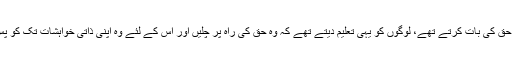
صرف اس لیے کہ وہ حق کی بات کرتے تھے، لوگوں کو یہی تعلیم دیتے تھے کہ وہ حق کی راہ پر چلیں اور اس کے لئے وہ اپنی ذاتی خواہشات تک کو پس پشت چھوڑ دیتا ہے۔